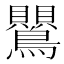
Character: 鸎